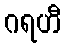
ဂရဟီ